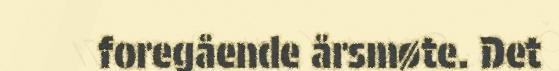
foregående årsmøte. Det